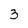
Character: 3